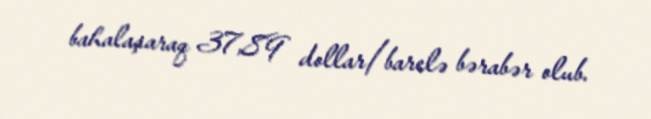
bahalaşaraq 37,89 dollar/barelə bərabər olub.